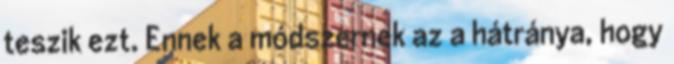
teszik ezt. Ennek a módszernek az a hátránya, hogy